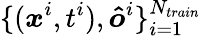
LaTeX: \{ (\boldsymbol{x}^{i},t^{i}),\boldsymbol{\hat{o}}^{i}\} _{i=1}^{N_{train}}